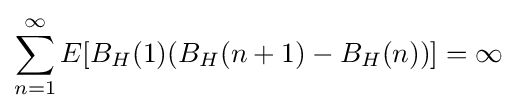
\sum _{n=1}^{\infty }E[B_{H}(1)(B_{H}(n+1)-B_{H}(n))]=\infty